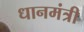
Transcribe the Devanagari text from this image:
धानमंत्री